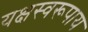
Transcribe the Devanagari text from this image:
यक्षस्वरूपाय